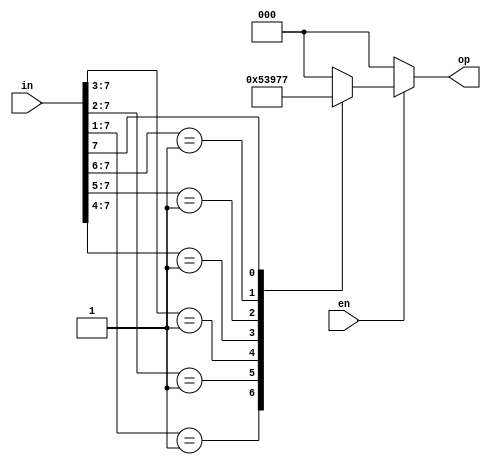
`timescale 1ns / 1ps
//////////////////////////////////////////////////////////////////////////////////
// Design Name:   preority_encoder
// Module Name:   D:/verilog/preority_encoder/preority_encodertb.v
// Project Name:  preority_encoder  
// Tool versions: ISE Drsign Suite 14.7 
// Revision 0.01 - File Created
//////////////////////////////////////////////////////////////////////////////////
module preority_encoder(en,in,op);
input en;
input [7:0] in;
output [2:0]op;
reg [2:0]op;
always @ (in,en)
begin
if(en==1)
begin
op=3'b000;
casex (in)
8'b00000001: op = 3'b000;
8'b0000001x:op= 3'b001;
8'b000001xx: op= 3'b010;
8'b00001xxx: op= 3'b011;
8'b0001xxxx: op= 3'b100;
8'b001xxxxx: op= 3'b101;
8'b01xxxxxx:op= 3'b110;
8'b1xxxxxxx:op= 3'b111;
default:op=3'b000;
endcase
end
else
op=3'b000;
end
endmodule